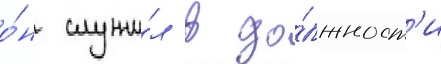
о́н служи́л в до́лжност'и